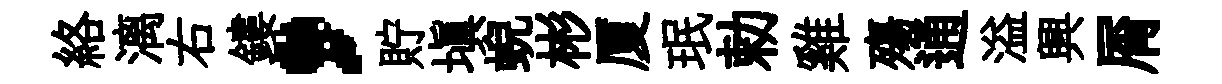
絡漓右鏤，貯塡蜺彬厦珉勅雞殤通溢興屑